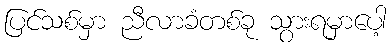
ပြင်သစ်မှာ ညီလာခံတစ်ခု သွားရမှာပေါ့